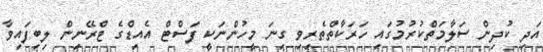
އަދި ކުދިން ސަލާމަތްކުރުމުގައި ހަރަކާތްތެރިވި ގިނަ މީހުންނަކީ ފަސްޓް އެއިޑްގެ ޓްރޭނިން ލިބިފައިވާ